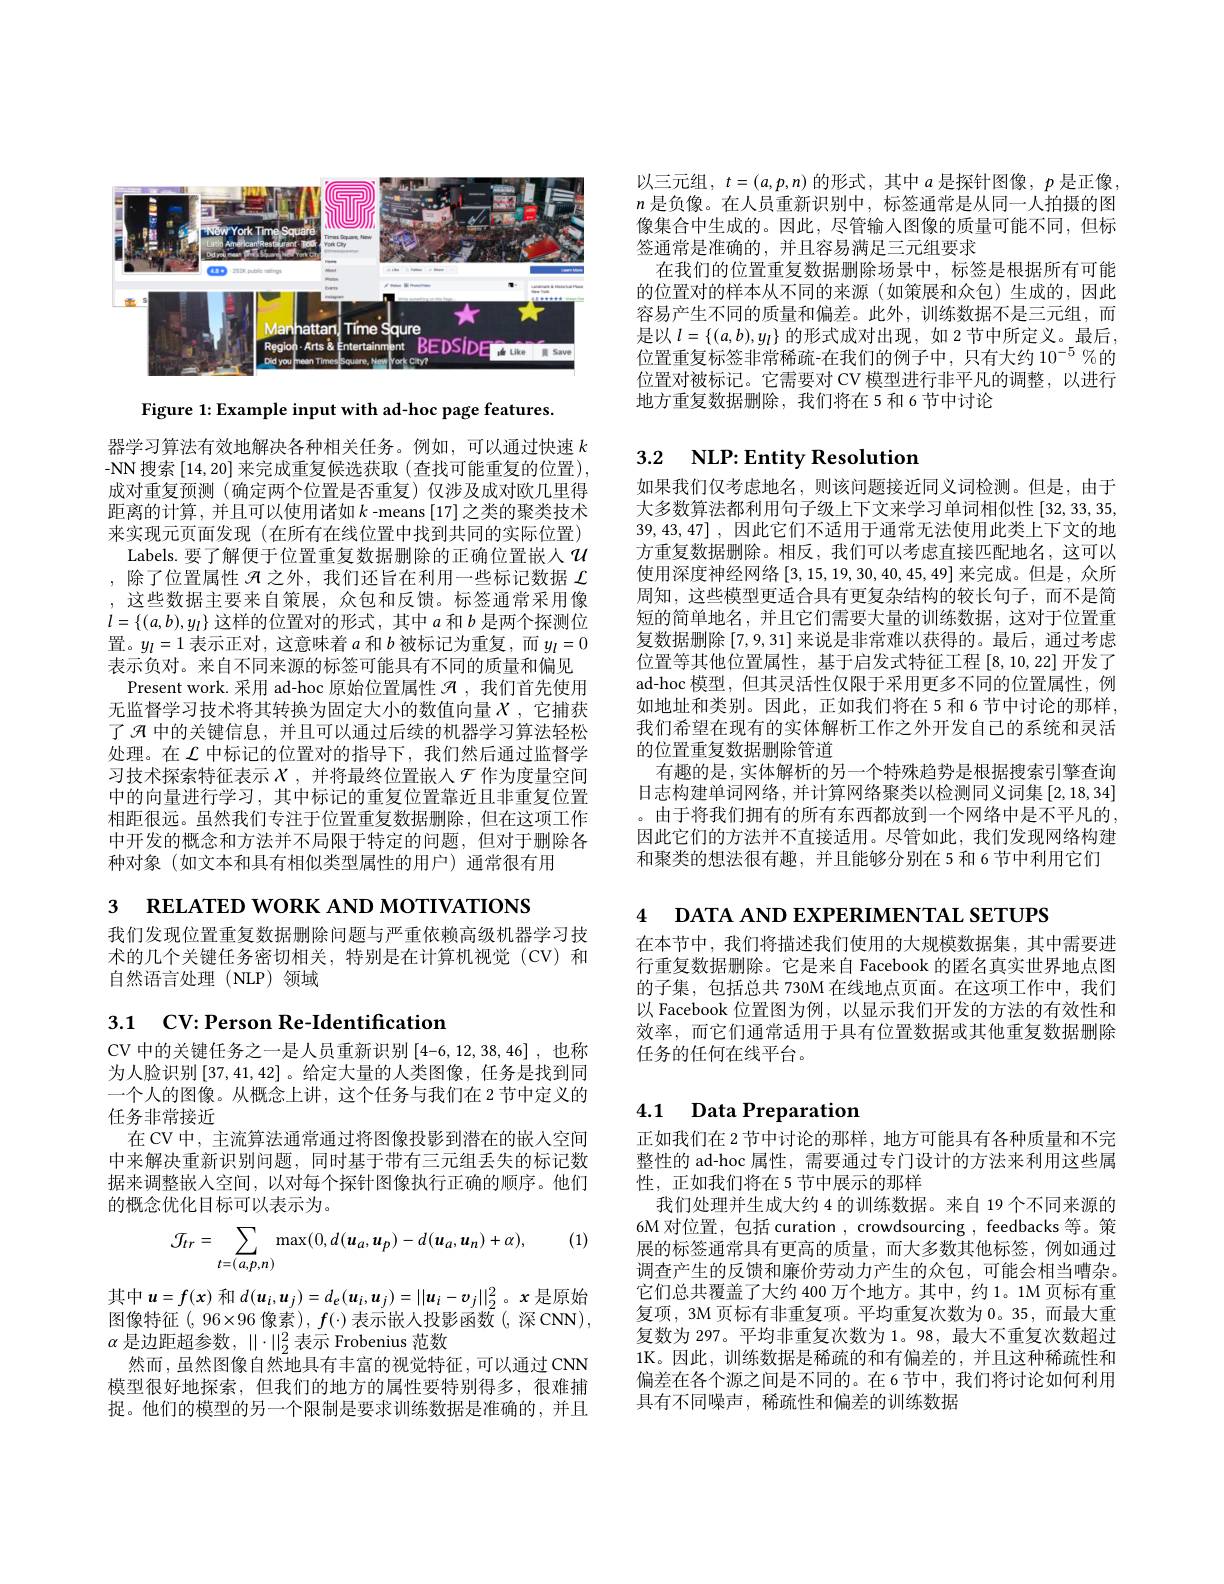
<FigureHere>

Figure 1: Example input with ad-hoc page features.

器学习算法有效地解决各种相关任务。例如，可以通过快速$k$ -NN 搜索[14,20]来完成重复候选获取 (查找可能重复的位置), 成对重复预测(确定两个位置是否重复)仅涉及成对欧几里得距离的计算，并且可以使用诸如$k$ -means [17]之类的聚类技术来实现元页面发现(在所有在线位置中找到共同的实际位置)
Labels. 要了解便于位置重复数据删除的正确位置嵌人$u$ ,除了位置属性$\mathcal{H}$之外，我们还旨在利用一些标记数据$\mathcal{L}$ ,这些数据主要来自策展，众包和反馈。标签通常采用像$l=\{(a,b),y_l\}$这样的位置对的形式，其中$a$和$b$是两个探测位置。$y_l=1$表示正对，这意味着$a$和$b$被标记为重复，而$y_l=0$ 表示负对。来自不同来源的标签可能具有不同的质量和偏见
Present work. 采用 ad-hoc 原始位置属性$\mathcal{H}$ ,我们首先使用无监督学习技术将其转换为固定大小的数值向量$X$,它捕获了$\mathcal{A}$中的关键信息，并且可以通过后续的机器学习算法轻松处理。在$\mathcal{L}$中标记的位置对的指导下，我们然后通过监督学习技术探索特征表示$X$,并将最终位置嵌入$\mathcal{F}$ 作为度量空间中的向量进行学习，其中标记的重复位置靠近且非重复位置相距很远。虽然我们专注于位置重复数据删除，但在这项工作中开发的概念和方法并不局限于特定的问题，但对于删除各种对象(如文本和具有相似类型属性的用户)通常很有用

3 RELATED WORK AND MOTIVATIONS

我们发现位置重复数据删除问题与严重依赖高级机器学习技术的几个关键任务密切相关，特别是在计算机视觉(CV)和自然语言处理(NLP)领域

3.1 CV: Person Re-Identification

CV 中的关键任务之一是人员重新识别[4-6,12,38,46] ,也称为人脸识别$\left[37,41,42\right]$。给定大量的人类图像，任务是找到同一个人的图像。从概念上讲，这个任务与我们在 2 节中定义的任务非常接近
在 CV 中，主流算法通常通过将图像投影到潜在的嵌人空间中来解决重新识别问题，同时基于带有三元组丢失的标记数据来调整嵌人空间，以对每个探针图像执行正确的顺序。他们的概念优化目标可以表示为。

(1)
$$\mathcal{J}_{tr}=\sum_{t=(a,p,n)}\max(0,d(u_a,u_p)-d(u_a,u_n)+\alpha),$$
其中$u=f(x)$ 和$d(\boldsymbol u_i,\boldsymbol u_j)=d_e(\boldsymbol u_i,\boldsymbol u_j)=||\boldsymbol u_i-v_j||_2^2$。$\boldsymbol x$ 是原始图像特征(,96$\times96 像素), f(\cdot)表示嵌人投影函数(,深CNN)$, $\alpha$是边距超参数，$\|\cdot\|_2^2$表示 Frobenius 范数
然而，虽然图像自然地具有丰富的视觉特征，可以通过CNN 模型很好地探索，但我们的地方的属性要特别得多，很难捕捉。他们的模型的另一个限制是要求训练数据是准确的，并且

以三元组$,t=(a,p,n)$ 的形式，其中$a$ 是探针图像$,p$ 是正像$n$是负像。在人员重新识别中，标签通常是从同一人拍摄的图像集合中生成的。因此，尽管输入图像的质量可能不同，但标签通常是准确的，并且容易满足三元组要求
在我们的位置重复数据删除场景中，标签是根据所有可能的位置对的样本从不同的来源(如策展和众包)生成的，因此容易产生不同的质量和偏差。此外，训练数据不是三元组，而是以$l=\{(a,b),y_{l}\}$的形式成对出现，如 2 节中所定义。最后， 位置重复标签非常稀疏-在我们的例子中，只有大约 10$^{-5}\%$的位置对被标记。它需要对 CV 模型进行非平凡的调整，以进行地方重复数据删除，我们将在5 和 6 节中讨论

# 3.2 $\textbf{NLP: Entity Resolution}$

如果我们仅考虑地名，则该问题接近同义词检测。但是，由于大多数算法都利用句子级上下文来学习单词相似性[32,33,35, 39,43,47] , 因此它们不适用于通常无法使用此类上下文的地方重复数据删除。相反，我们可以考虑直接匹配地名，这可以使用深度神经网络$\left[3,15,19,30,40,45,49\right]$来完成。但是，众所周知，这些模型更适合具有更复杂结构的较长句子，而不是简短的简单地名，并且它们需要大量的训练数据，这对于位置重复数据删除[7,9,31] 来说是非常难以获得的。最后，通过考虑位置等其他位置属性，基于启发式特征工程$\left[8,10,22\right]$开发了ad-hoc 模型，但其灵活性仅限于采用更多不同的位置属性，例如地址和类别。因此，正如我们将在 5 和 6 节中讨论的那样， 我们希望在现有的实体解析工作之外开发自己的系统和灵活的位置重复数据删除管道
有趣的是，实体解析的另一个特殊趋势是根据搜索引擎查询日志构建单词网络，并计算网络聚类以检测同义词集[2,18,34] 。由于将我们拥有的所有东西都放到一个网络中是不平凡的， 因此它们的方法并不直接适用。尽管如此，我们发现网络构建和聚类的想法很有趣，并且能够分别在 5 和 6 节中利用它们

4 DATA AND EXPERIMENTAL SETUPS

在本节中，我们将描述我们使用的大规模数据集，其中需要进行重复数据删除。它是来自 Facebook 的匿名真实世界地点图的子集，包括总共 730M 在线地点页面。在这项工作中，我们以 Facebook 位置图为例，以显示我们开发的方法的有效性和效率，而它们通常适用于具有位置数据或其他重复数据删除任务的任何在线平台。

## 4.1 Data Preparation

正如我们在 2 节中讨论的那样，地方可能具有各种质量和不完整性的 ad-hoc 属性，需要通过专门设计的方法来利用这些属性，正如我们将在 5 节中展示的那样
我们处理并生成大约 4 的训练数据。来自 19 个不同来源的6M 对位置，包括 curation , crowdsourcing , feedbacks 等。策展的标签通常具有更高的质量，而大多数其他标签，例如通过调查产生的反馈和廉价劳动力产生的众包，可能会相当嘈杂。它们总共覆盖了大约 400 万个地方。其中，约 1。1M 页标有重复项，3M 页标有非重复项。平均重复次数为0。35,而最大重复数为 297。平均非重复次数为 1。98, 最大不重复次数超过1K。因此，训练数据是稀疏的和有偏差的，并且这种稀疏性和偏差在各个源之间是不同的。在6节中，我们将讨论如何利用具有不同噪声，稀疏性和偏差的训练数据